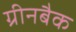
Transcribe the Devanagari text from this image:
ग्रीनबैक